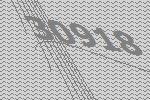
30918